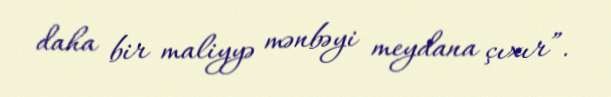
daha bir maliyyə mənbəyi meydana çıxır”.